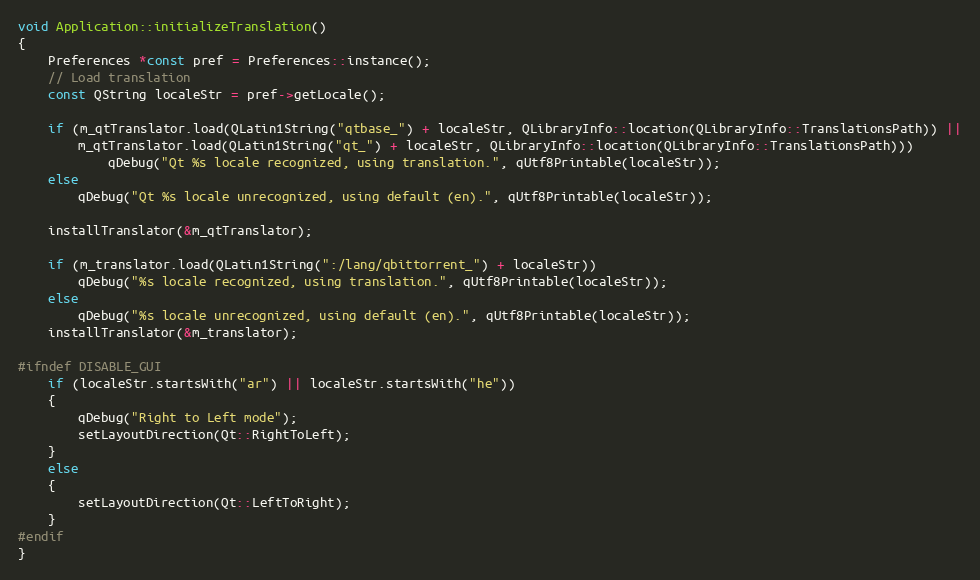
Language: C++
void Application::initializeTranslation()
{
    Preferences *const pref = Preferences::instance();
    // Load translation
    const QString localeStr = pref->getLocale();

    if (m_qtTranslator.load(QLatin1String("qtbase_") + localeStr, QLibraryInfo::location(QLibraryInfo::TranslationsPath)) ||
        m_qtTranslator.load(QLatin1String("qt_") + localeStr, QLibraryInfo::location(QLibraryInfo::TranslationsPath)))
            qDebug("Qt %s locale recognized, using translation.", qUtf8Printable(localeStr));
    else
        qDebug("Qt %s locale unrecognized, using default (en).", qUtf8Printable(localeStr));

    installTranslator(&m_qtTranslator);

    if (m_translator.load(QLatin1String(":/lang/qbittorrent_") + localeStr))
        qDebug("%s locale recognized, using translation.", qUtf8Printable(localeStr));
    else
        qDebug("%s locale unrecognized, using default (en).", qUtf8Printable(localeStr));
    installTranslator(&m_translator);

#ifndef DISABLE_GUI
    if (localeStr.startsWith("ar") || localeStr.startsWith("he"))
    {
        qDebug("Right to Left mode");
        setLayoutDirection(Qt::RightToLeft);
    }
    else
    {
        setLayoutDirection(Qt::LeftToRight);
    }
#endif
}